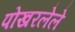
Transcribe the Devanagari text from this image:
पोखरलेले